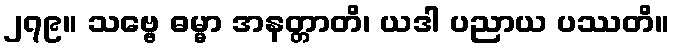
၂၇၉။ သဗ္ဗေ ဓမ္မာ အနတ္တာတိ၊ ယဒါ ပညာယ ပဿတိ။